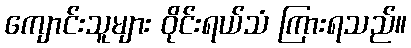
ကျောင်းသူများ ဝိုင်းရယ်သံ ကြားရသည်။